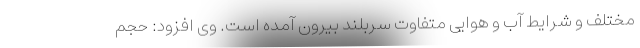
مختلف و شرایط آب و هوایی متفاوت سربلند بیرون آمده است. وی افزود: حجم